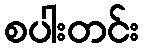
စပါးတင်း